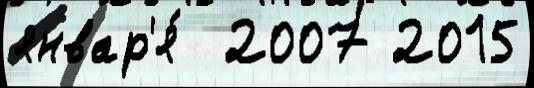
январ'я́  2007 2015